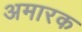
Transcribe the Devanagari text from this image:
अमारक